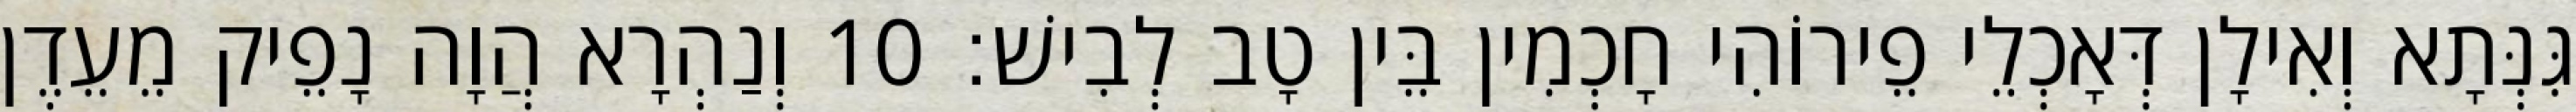
גִּנְּתָא וְאִילָן דְּאָכְלֵי פֵירוֹהִי חָכְמִין בֵּין טָב לְבִישׁ׃ 10 וְנַהְרָא הֲוָה נָפֵיק מֵעֵדֶן